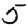
Digit: 5